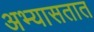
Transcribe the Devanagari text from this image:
अभ्यासतात